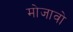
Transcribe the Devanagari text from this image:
मोजावो